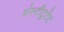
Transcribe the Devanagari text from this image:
इंस्टीटुटेट